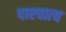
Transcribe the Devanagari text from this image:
पाश्‍चात्‍य